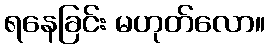
ရနေခြင်း မဟုတ်လော။